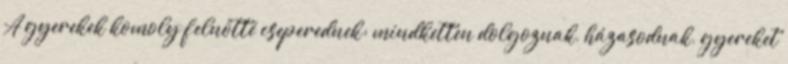
A gyerekek komoly felnőtté cseperednek: mindketten dolgoznak, házasodnak, gyereket